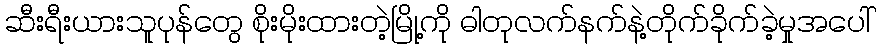
ဆီးရီးယားသူပုန်တွေ စိုးမိုးထားတဲ့မြို့ကို ဓါတုလက်နက်နဲ့တိုက်ခိုက်ခဲ့မှုအပေါ်